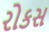
રોકસ